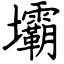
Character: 壩